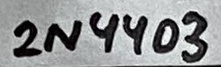
Text: 2N4403